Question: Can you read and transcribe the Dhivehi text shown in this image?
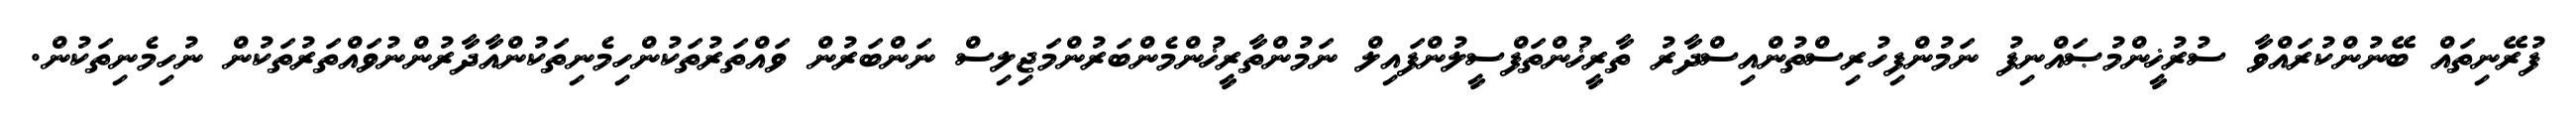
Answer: ފުރޭނިތައް ބޭނުންކުރައްވާ ސުރުޚީންމުޞައްނިފު ނަމުންފިހުރިސްތުންއިސްދާރު ތާރީޚުންތަފްސީލުންފައިލް ނަމުންތާރީޚުންމެންބަރުންމަޖިލިސް ނަންބަރުން ވައްތަރުތަކުންހިމެނިތަކުންއާދާރުންނުވައްތަރުތަކުން ނުހިމެނިތަކުން.